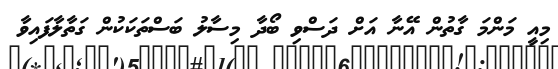
މިއީ މަންމަ ގާތުން އޭނާ އަށް ދަސްވި ބޯދާ މިސާލު ބަސްތަކަކުން ގަތާލާފައިވާ